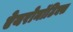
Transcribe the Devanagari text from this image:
ऐयरोनॉटिक्स